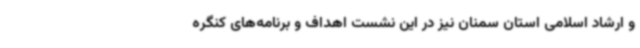
و ارشاد اسلامی استان سمنان نیز در این نشست اهداف و برنامه‌های کنگره